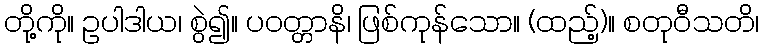
တို့ကို။ ဥပါဒါယ၊ စွဲ၍။ ပဝတ္တာနိ၊ ဖြစ်ကုန်သော။ (ထည့်)။ စတုဝီသတိ၊